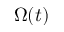
\Omega ( t )